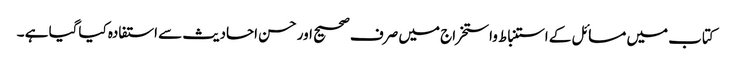
کتاب میں مسائل کے استنباط واستخراج میں صرف صحیح اور حسن احادیث سے استفادہ کیاگیا ہے ۔